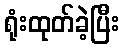
ရုံးထုတ်ခဲ့ပြီး